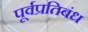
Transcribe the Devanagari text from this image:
पूर्वप्रतिबंध